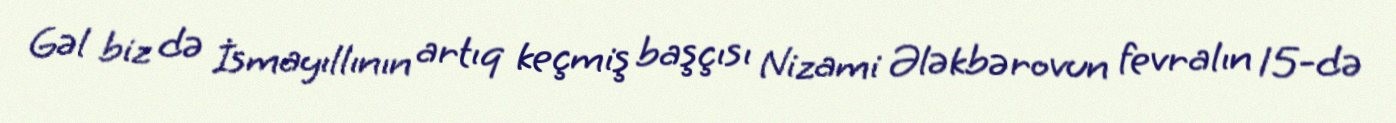
Gəl biz də İsmayıllının artıq keçmiş başçısı Nizami Ələkbərovun fevralın 15-də